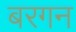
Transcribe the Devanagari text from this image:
बरगन